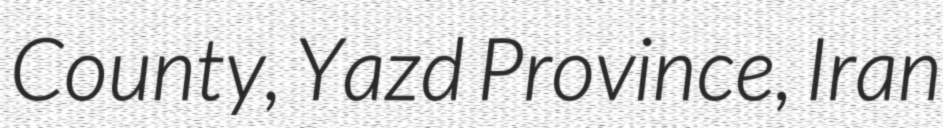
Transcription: County, Yazd Province, Iran